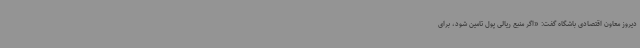
دیروز معاون اقتصادی باشگاه گفت: «اگر منبع ریالی پول تامین شود، برای